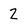
Character: Z